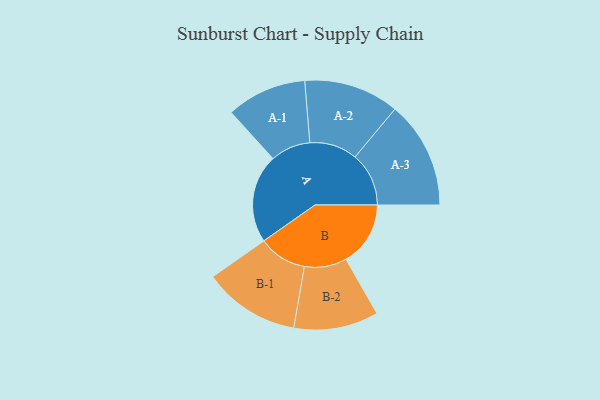
{"axis": {"x": "Segment", "y": "Value"}, "legend": ["", "A", "B"], "data": [{"x": "A", "y": 396, "type": ""}, {"x": "B", "y": 288, "type": ""}, {"x": "A-1", "y": 179, "type": "A"}, {"x": "A-2", "y": 213, "type": "A"}, {"x": "A-3", "y": 240, "type": "A"}, {"x": "B-1", "y": 216, "type": "B"}, {"x": "B-2", "y": 189, "type": "B"}]}